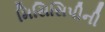
મિસિસિપીની